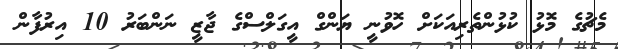
މެޗުގެ މޮޅު ކުޅުންތެރިއަކަށް ހޮވުނީ ޔަންގް އީގަލްސްގެ ޖާޒީ ނަންބަރު 10 އިރުފާން